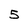
Character: 5